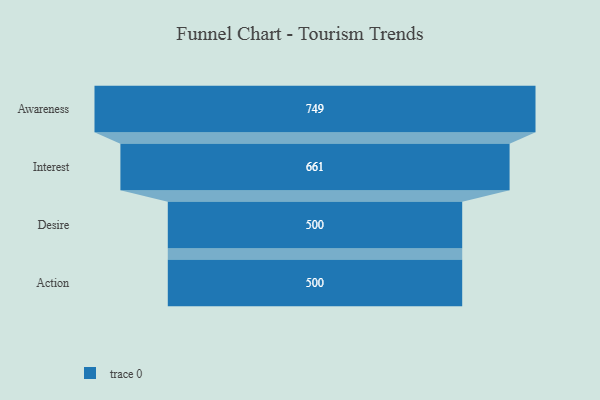
{"axis": {"x": "Stage", "y": "Value"}, "legend": [""], "data": [{"x": "Awareness", "y": 749.0, "type": ""}, {"x": "Interest", "y": 661.0, "type": ""}, {"x": "Desire", "y": 500, "type": ""}, {"x": "Action", "y": 500, "type": ""}]}